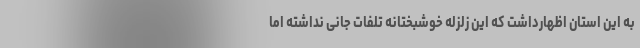
به این استان اظهارداشت که این زلزله خوشبختانه تلفات جانی نداشته اما